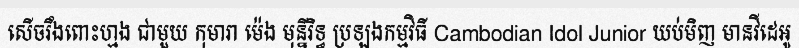
សើចរឹងពោះហ្មង ជាមួយ កុមារា ម៉េង មុន្នីរិទ្ធ ប្រឡងកម្មវិធី Cambodian Idol Junior យប់មិញ មានវីដេអូ